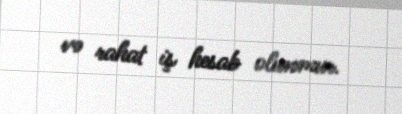
və rahat iş hesab olunmur.